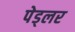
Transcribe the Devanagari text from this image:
पेड्लर